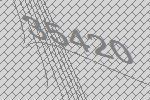
35420